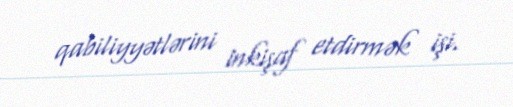
qabiliyyətlərini inkişaf etdirmək işi.